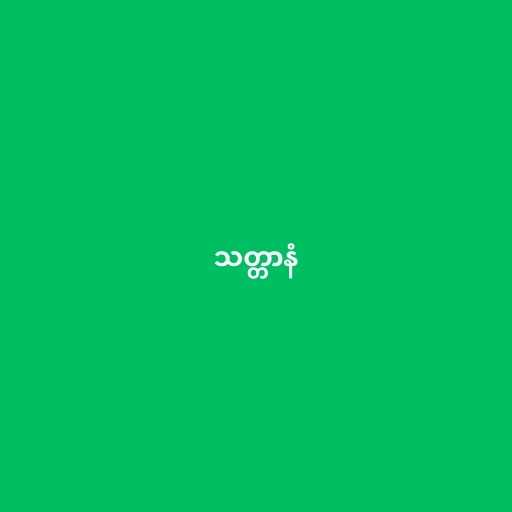
သတ္တာနံ